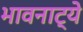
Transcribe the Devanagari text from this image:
भावनाट्ये